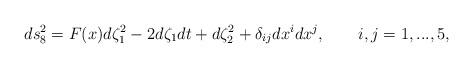
LaTeX: \begin{align*}ds_8^2 = F(x) d \zeta_1^2 - 2d\zeta_1 dt + d\zeta_2^2 +\delta_{ij} dx^idx^j, \qquad i,j = 1,...,5,\end{align*}